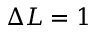
\Delta L = 1